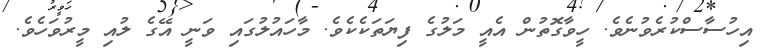
އިހުސާސްކުރެވުނެވެ. ހީވާގޮތުން އެއީ މަލުގެ ފިޔަތަކެކެވެ. މާހައުލުގައި ވަނީ އޭގެ ލުއި މީރުވަހެވެ.